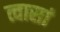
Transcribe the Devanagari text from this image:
त्वासां